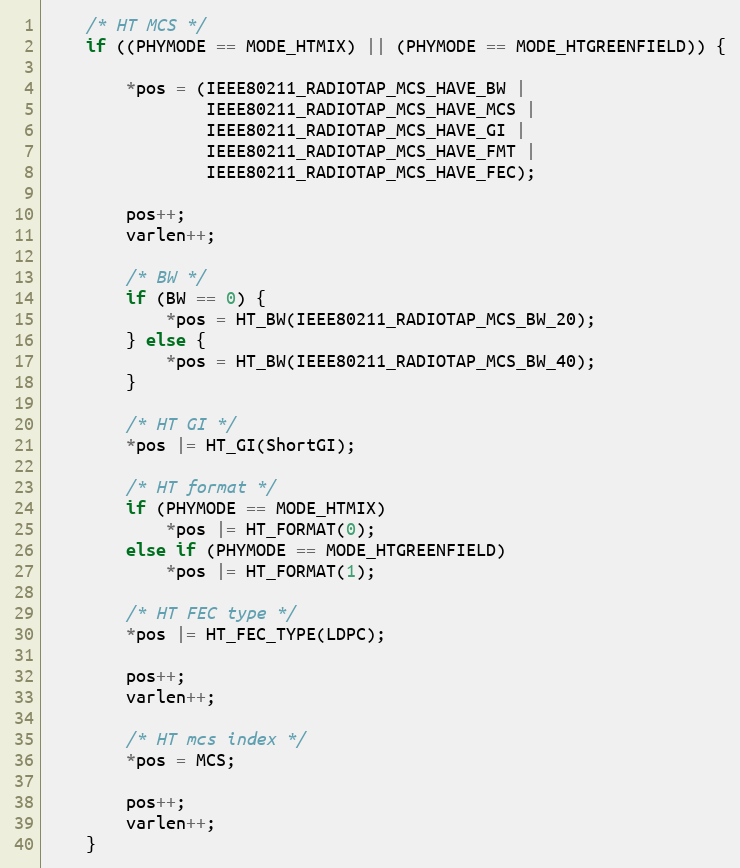
Language: C
	/* HT MCS */
	if ((PHYMODE == MODE_HTMIX) || (PHYMODE == MODE_HTGREENFIELD)) {

		*pos = (IEEE80211_RADIOTAP_MCS_HAVE_BW |
				IEEE80211_RADIOTAP_MCS_HAVE_MCS |
				IEEE80211_RADIOTAP_MCS_HAVE_GI |
				IEEE80211_RADIOTAP_MCS_HAVE_FMT |
				IEEE80211_RADIOTAP_MCS_HAVE_FEC);

		pos++;
		varlen++;

		/* BW */
		if (BW == 0) {
			*pos = HT_BW(IEEE80211_RADIOTAP_MCS_BW_20);
		} else {
			*pos = HT_BW(IEEE80211_RADIOTAP_MCS_BW_40);
		}

		/* HT GI */
		*pos |= HT_GI(ShortGI);

		/* HT format */
		if (PHYMODE == MODE_HTMIX)
			*pos |= HT_FORMAT(0);
		else if (PHYMODE == MODE_HTGREENFIELD)
			*pos |= HT_FORMAT(1);

		/* HT FEC type */
		*pos |= HT_FEC_TYPE(LDPC);

		pos++;
		varlen++;

		/* HT mcs index */
		*pos = MCS;

		pos++;
		varlen++;
	}